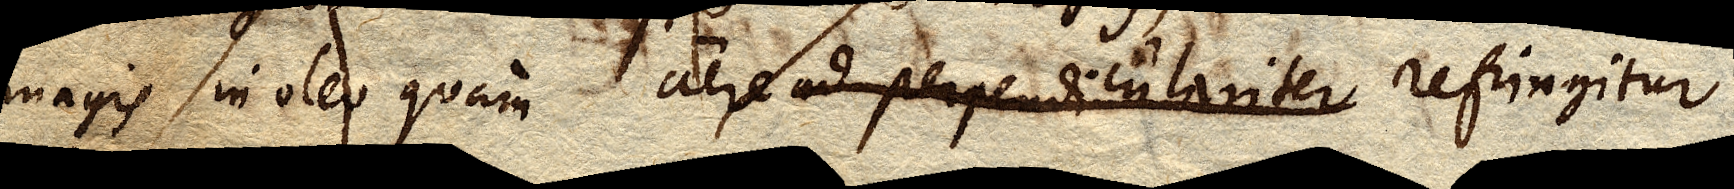
magis in oleo quam aere ad perpendiculariter refringitur